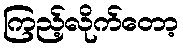
ကြည့်လိုက်တော့